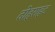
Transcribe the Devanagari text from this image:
दोहराहट